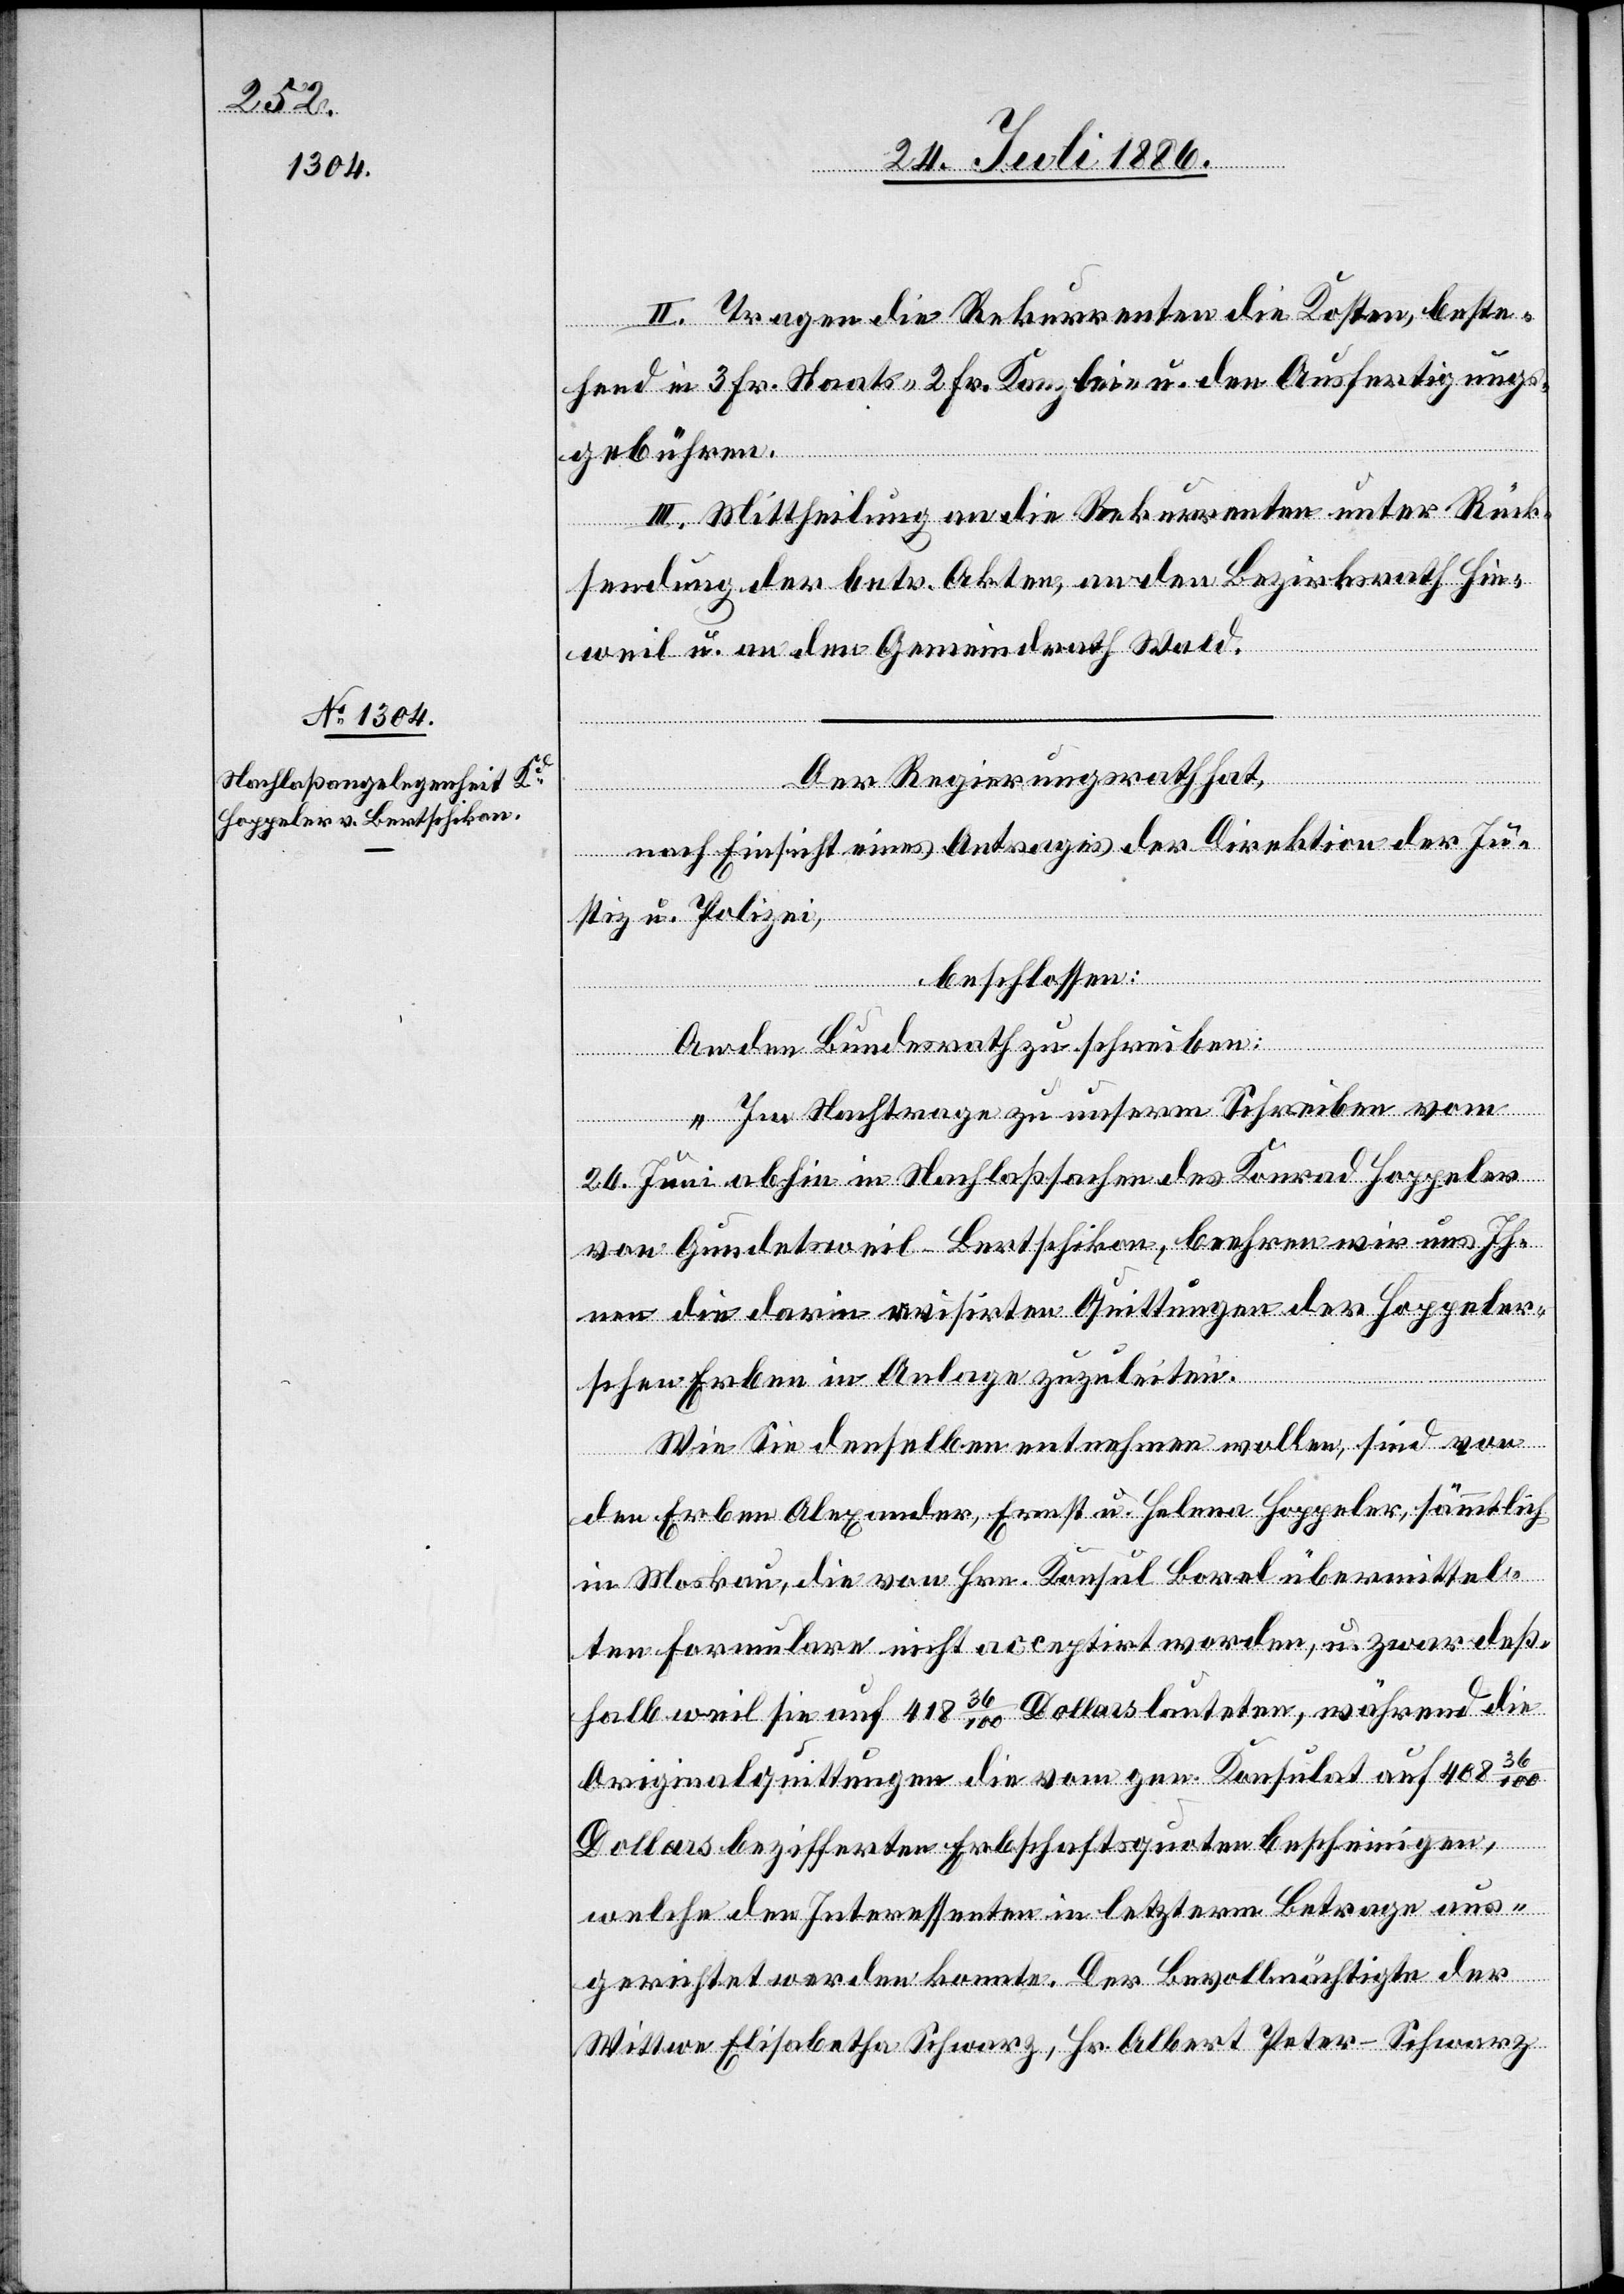
II. Tragen die Rekurrenten die Kosten, beste¬
hend in 3 Fr. Staats- 2 Fr. Kanzlei- u. den Ausfertigungs¬
gebühren.
III. Mittheilung an die Rekurrenten unter Rück¬
sendung der betr. Akten, an den Bezirksrath Hin¬
weil u. an den Gemeindrath Wald.
Der Regierungsrath hat,
nach Einsicht eines Antrages der Direktion der Ju¬
stiz u. Polizei,
beschlossen:
An den Bundesrath zu schreiben:
„Im Nachtrage zu unserm Schreiben vom
26. Juni abhin in Nachlaßsachen des Konrad Hoppeler
von Gundetsweil - Bertschikon, beehren wird uns Ih¬
nen die darin avisirten Quittungen der Hoppeler¬
schen Erben in Anlage zuzuleiten.
Wie Sie denselben entnehmen wollen, sind von
den Erben Alexander, Ernst u. Helena Hoppeler, sämmtlich
in Moskau, die von Hrn. Konsul Borel übermittel¬
ten Formulare nicht acceptirt worden, u. zwar deß¬
halb weil sie auf 418 36/100 Dollars lauteten, während die
Originalquittungen die von gen. Konsulat auf 408
Dollars bezifferten Erbschaftsquoten bescheinigen,
welche den Interessenten in letzterm Betrage aus¬
gerichtet werden konnte. Der Bevollmächtigte der
Wittwe Elisabetha Schwarz, Hr. Albert Peter-Schwarz